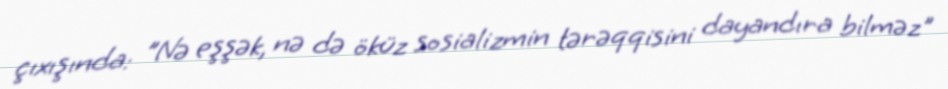
çıxışında: "Nə eşşək, nə də öküz sosializmin tərəqqisini dayandıra bilməz"